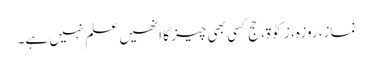
نماز، روزہ، زکوٰۃ، حج کسی بھی چیز کا انھیں علم نہیں ہے۔